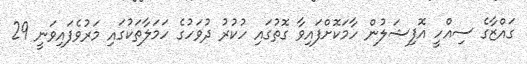
ގައްޒާގެ ސިއްހީ އޮފިޝަލުން ހާމަކޮށްފައިވާ ގޮތުގައި ހުކުރު ދުވަހުގެ ހަމަލާތަކުގައި މަރުވެފައިވަނީ 29